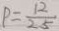
P = \frac { 1 2 } { 2 5 }